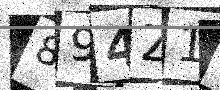
Text: 894Z1Z